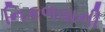
નિકળવાની